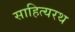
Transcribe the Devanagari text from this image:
साहित्यरथ